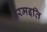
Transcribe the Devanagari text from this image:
अरमइति